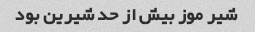
شیر موز بیش از حد شیرین بود